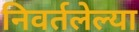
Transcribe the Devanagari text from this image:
निवर्तलेल्या